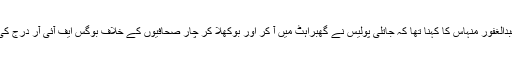
عبدالغفور منہاس کا کہنا تھا کہ جاتلی پولیس نے گھبراہٹ میں آ کر اور بوکھلا کر چار صحافیوں کے خلاف بوگس ایف آئی آر درج کی۔